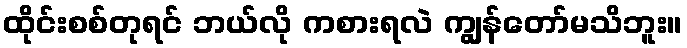
ထိုင်းစစ်တုရင် ဘယ်လို ကစားရလဲ ကျွန်တော်မသိဘူး။